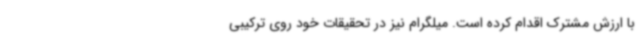
با ارزش مشترک اقدام کرده است. میلگرام نیز در تحقیقات خود روی ترکیبی